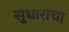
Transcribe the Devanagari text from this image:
सुधारांचा